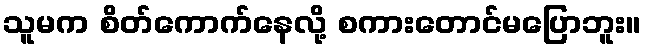
သူမက စိတ်ကောက်နေလို့ စကားတောင်မပြောဘူး။